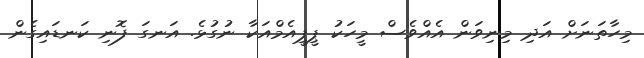
މިހާތަނަށް އަދި މިނިވަން އެއްވެސް މީހަކު ޕީޕީއެމްއަކާ ނުގުޅެ. އަނގަ ފޮނި ކަނޑައިގެން